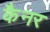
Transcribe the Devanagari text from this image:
कैनर